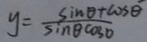
y = \frac { \sin \theta + \cos \theta } { \sin \theta \cos D }